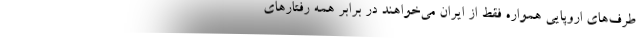
طرف‌های اروپایی همواره فقط از ایران می‌خواهند در برابر همه رفتارهای